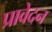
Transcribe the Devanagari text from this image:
प्रावेदन